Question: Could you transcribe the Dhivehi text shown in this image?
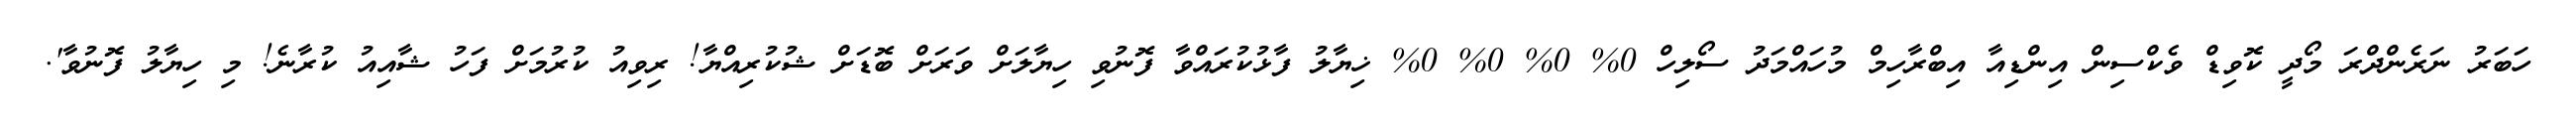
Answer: ހަބަރު ނަރެންދްރަ މޯދީ ކޮވިޑް ވެކްސިން އިންޑިއާ އިބްރާހިމް މުހައްމަދު ސޯލިހް 0% 0% 0% 0% ޚިޔާލު ފާޅުކުރައްވާ ފޮނުވި ހިޔާލަށް ވަރަށް ބޮޑަށް ޝުކުރިއްޔާ! ރިވިއު ކުރުމަށް ފަހު ޝާއިއު ކުރާނެ! މި ހިޔާލު ފޮނުވާ'.